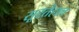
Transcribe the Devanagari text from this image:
सूरतेहाल